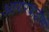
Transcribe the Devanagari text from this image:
आगरवाडीस